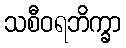
သစီဝရဘိက္ခာ